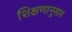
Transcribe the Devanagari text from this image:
शिक्षणानुसार